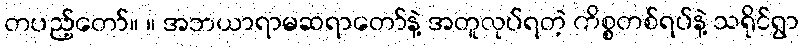
တပည့်တော်။ ။ အဘယာရာမဆရာတော်နဲ့ အတူလုပ်ရတဲ့ ကိစ္စတစ်ရပ်နဲ့ သရိုင်ရွာ